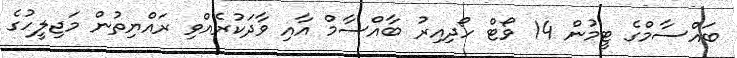
ބައްސާމްގެ ޓީމުން 14 ވޯޓް ހޯދިއިރު ބާއްސާމް އާއި ވާދަކުރެއްވި ރައްޔިތުން މަޖިލީހުގެ